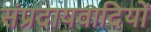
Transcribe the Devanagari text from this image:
संप्रदायवादियों